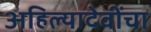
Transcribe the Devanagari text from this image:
अहिल्यादेवींचा